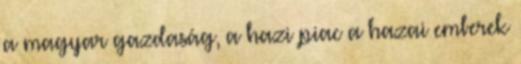
a magyar gazdaság, a hazi piac a hazai emberek